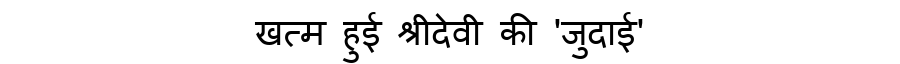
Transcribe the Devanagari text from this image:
खत्म हुई श्रीदेवी की 'जुदाई'